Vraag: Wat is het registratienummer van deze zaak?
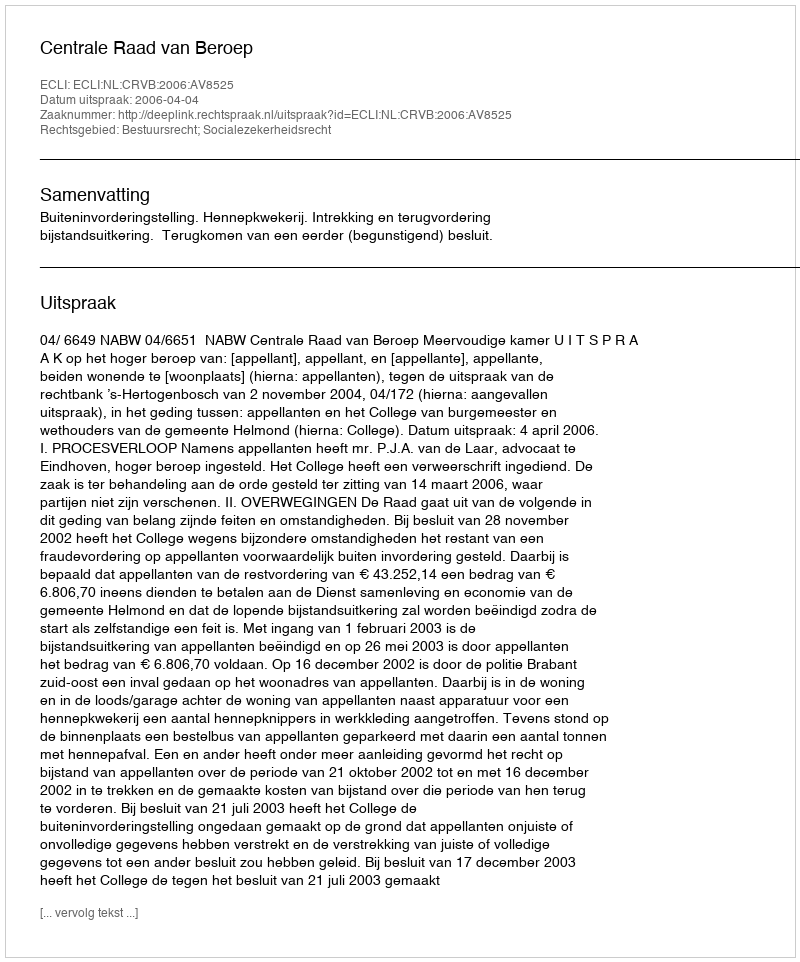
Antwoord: http://deeplink.rechtspraak.nl/uitspraak?id=ECLI:NL:CRVB:2006:AV8525